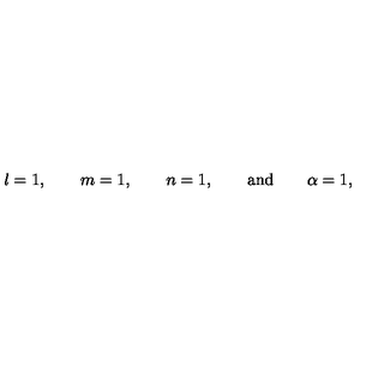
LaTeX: l = 1 , \qquad m = 1 , \qquad n = 1 , \qquad \mathrm { a n d } \qquad \alpha = 1 ,